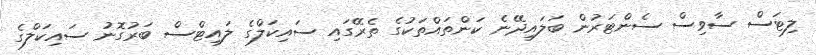
ލިޓަސް ސާވިސް ސެންޓަރުން ބަލައިދޭނެ ކަންތައްތަކުގެ ތެރޭގައި ސައިކަލްގެ ލައިޓްސް ބަރުގޮނު ސައިކަލްގެ